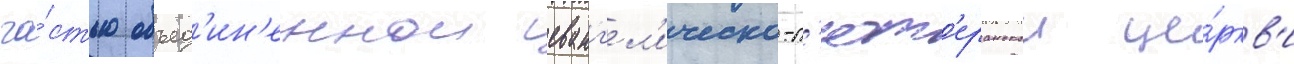
ча́стью объед'ин'еннои еванг'ел'ическо-л'ют'еранскои це́ркв'и